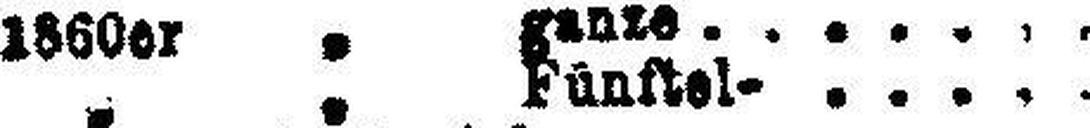
1860 " ganze